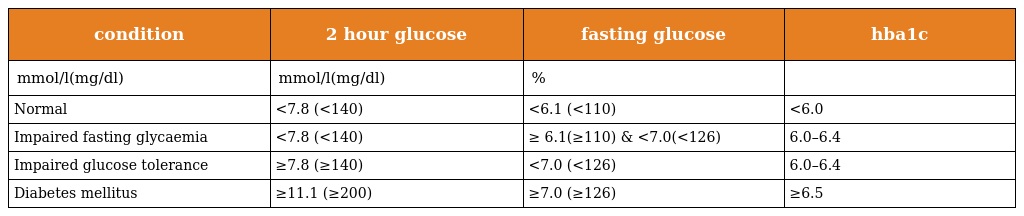
| condition | 2 hour glucose | fasting glucose | hba1c |
 | --- | --- | --- | --- |
 | mmol/l(mg/dl) | mmol/l(mg/dl) | % |  |
 | Normal | <7.8 (<140) | <6.1 (<110) | <6.0 |
 | Impaired fasting glycaemia | <7.8 (<140) | ≥ 6.1(≥110) & <7.0(<126) | 6.0–6.4 |
 | Impaired glucose tolerance | ≥7.8 (≥140) | <7.0 (<126) | 6.0–6.4 |
 | Diabetes mellitus | ≥11.1 (≥200) | ≥7.0 (≥126) | ≥6.5 |